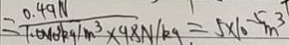
= \frac { 0 . 4 9 N } { 1 . 0 \times 1 0 ^ { 3 } k g / m ^ { 3 } \times 9 8 N / k g } = 5 \times 1 0 ^ { - 5 } m ^ { 3 }